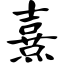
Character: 熹